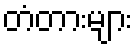
တံတားများ